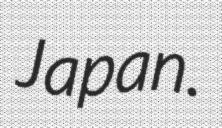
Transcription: Japan.